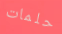
حلمات